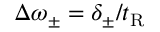
\Delta \omega _ { \pm } = \delta _ { \pm } / t _ { \mathrm { R } }